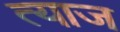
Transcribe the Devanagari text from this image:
त्याज